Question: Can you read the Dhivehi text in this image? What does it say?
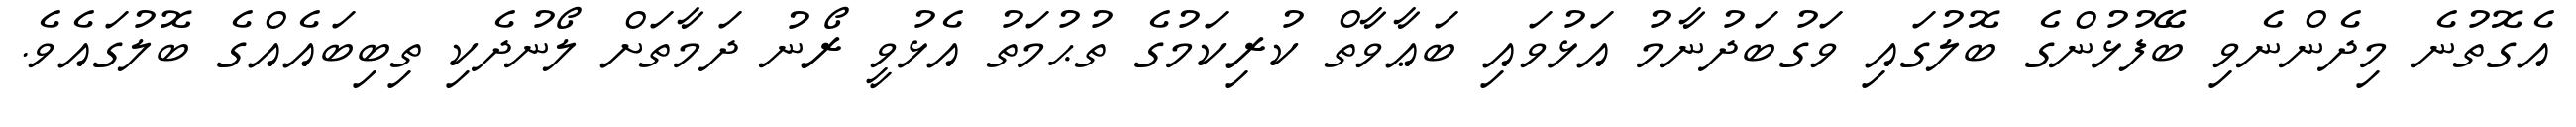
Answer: އެގޮތުނެ މިދެންނެވި ބޭފުޅުންގެ ބޮލުގައި ވަގުބަދުނާމު އަޅުވައި ބަޢާވާތް ކުރިކަމުގެ ތުޙުމަތު އެޅުވީ ރޯނު ދަމާތަށް ލޯނުދެކި ތިބިބައެއްގެ ބޮލުގައެވެ.